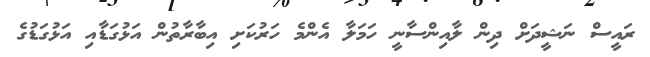
ރައީސް ނަޝީދަށް ދިން ލާއިންސާނީ ހަމަލާ އެންމެ ހަރުކަށި އިބާރާތުން އަޅުގަޑާއި އަޅުގަޑުގެ